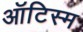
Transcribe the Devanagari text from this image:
ऑटिस्म